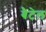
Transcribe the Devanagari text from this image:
बैटेल